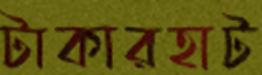
টাকারহাট